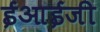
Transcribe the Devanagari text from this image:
ईआईजी